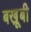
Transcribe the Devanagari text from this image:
बखू़बी